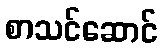
စာသင်ဆောင်